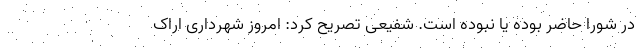
در شورا حاضر بوده یا نبوده است. شفیعی تصریح کرد: امروز شهرداری اراک